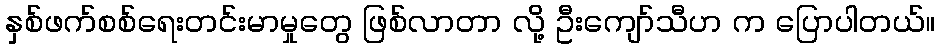
နှစ်ဖက်စစ်ရေးတင်းမာမှုတွေ ဖြစ်လာတာ လို့ ဦးကျော်သီဟ က ပြောပါတယ်။